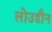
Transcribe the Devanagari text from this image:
लोउडौन